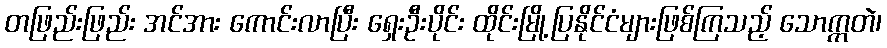
တဖြည်းဖြည်း အင်အား ကောင်းလာပြီး ရှေးဦးပိုင်း ထိုင်းမြို့ပြနိုင်ငံများဖြစ်ကြသည့် သောက္ကတဲ၊